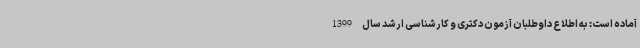
آماده است: به اطلاع داوطلبان آزمون دکتری و کارشناسی ارشد سال 1399